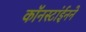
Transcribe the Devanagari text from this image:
कॉनस्टांईनने